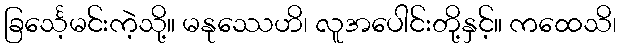
ခြင်္သေ့မင်းကဲ့သို့။ မနုဿေဟိ၊ လူအပေါင်းတို့နှင့်။ ကထေသိ၊